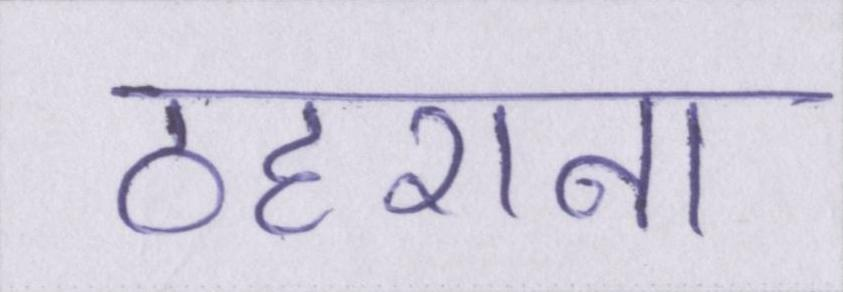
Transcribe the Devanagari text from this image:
ठहराना